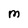
Character: M